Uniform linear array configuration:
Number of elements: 32
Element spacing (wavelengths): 0.75
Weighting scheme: exponential
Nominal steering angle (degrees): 0
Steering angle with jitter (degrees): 1.612
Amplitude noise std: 0.05
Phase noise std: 0.05

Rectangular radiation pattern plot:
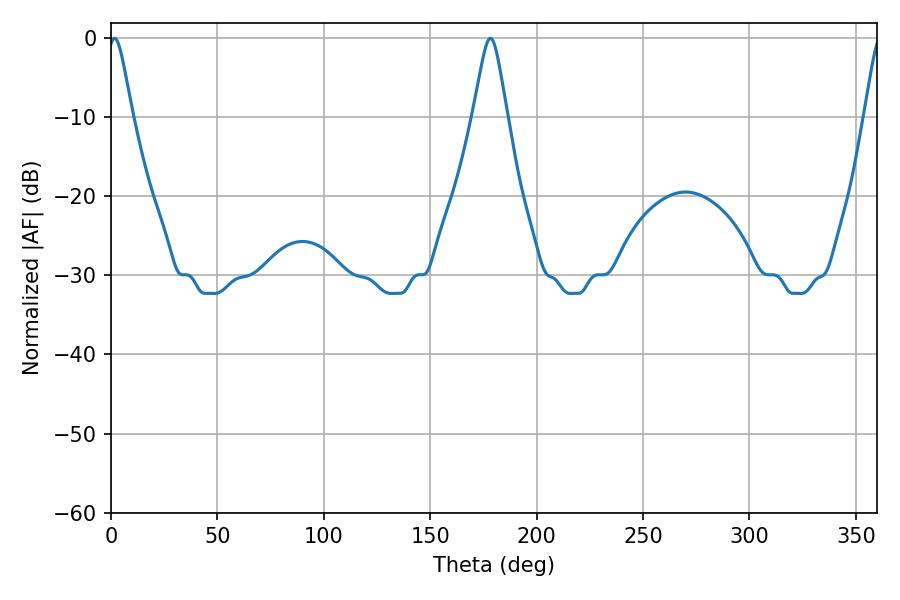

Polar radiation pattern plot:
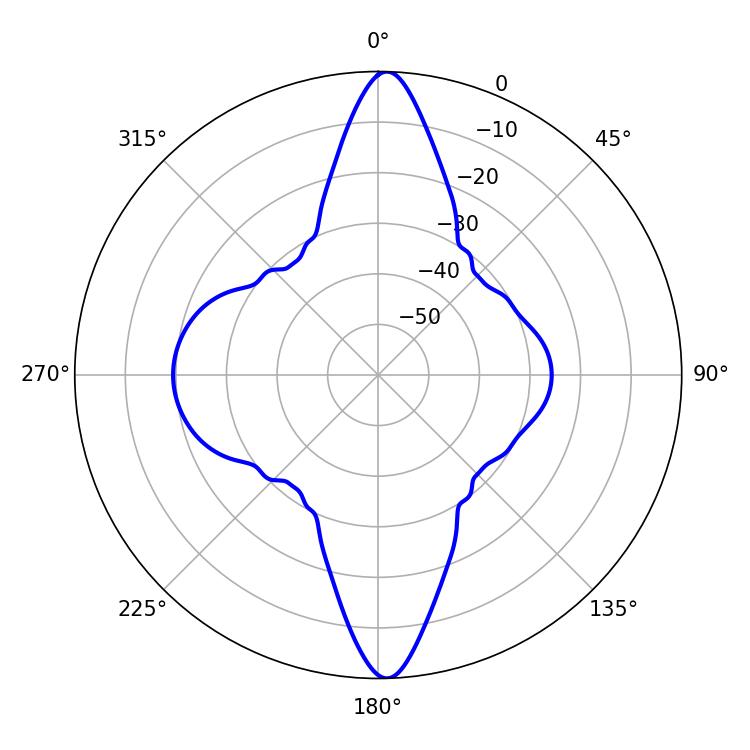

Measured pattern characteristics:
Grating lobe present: TRUE
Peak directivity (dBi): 25.578
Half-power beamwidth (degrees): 5.58
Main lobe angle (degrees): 1.62